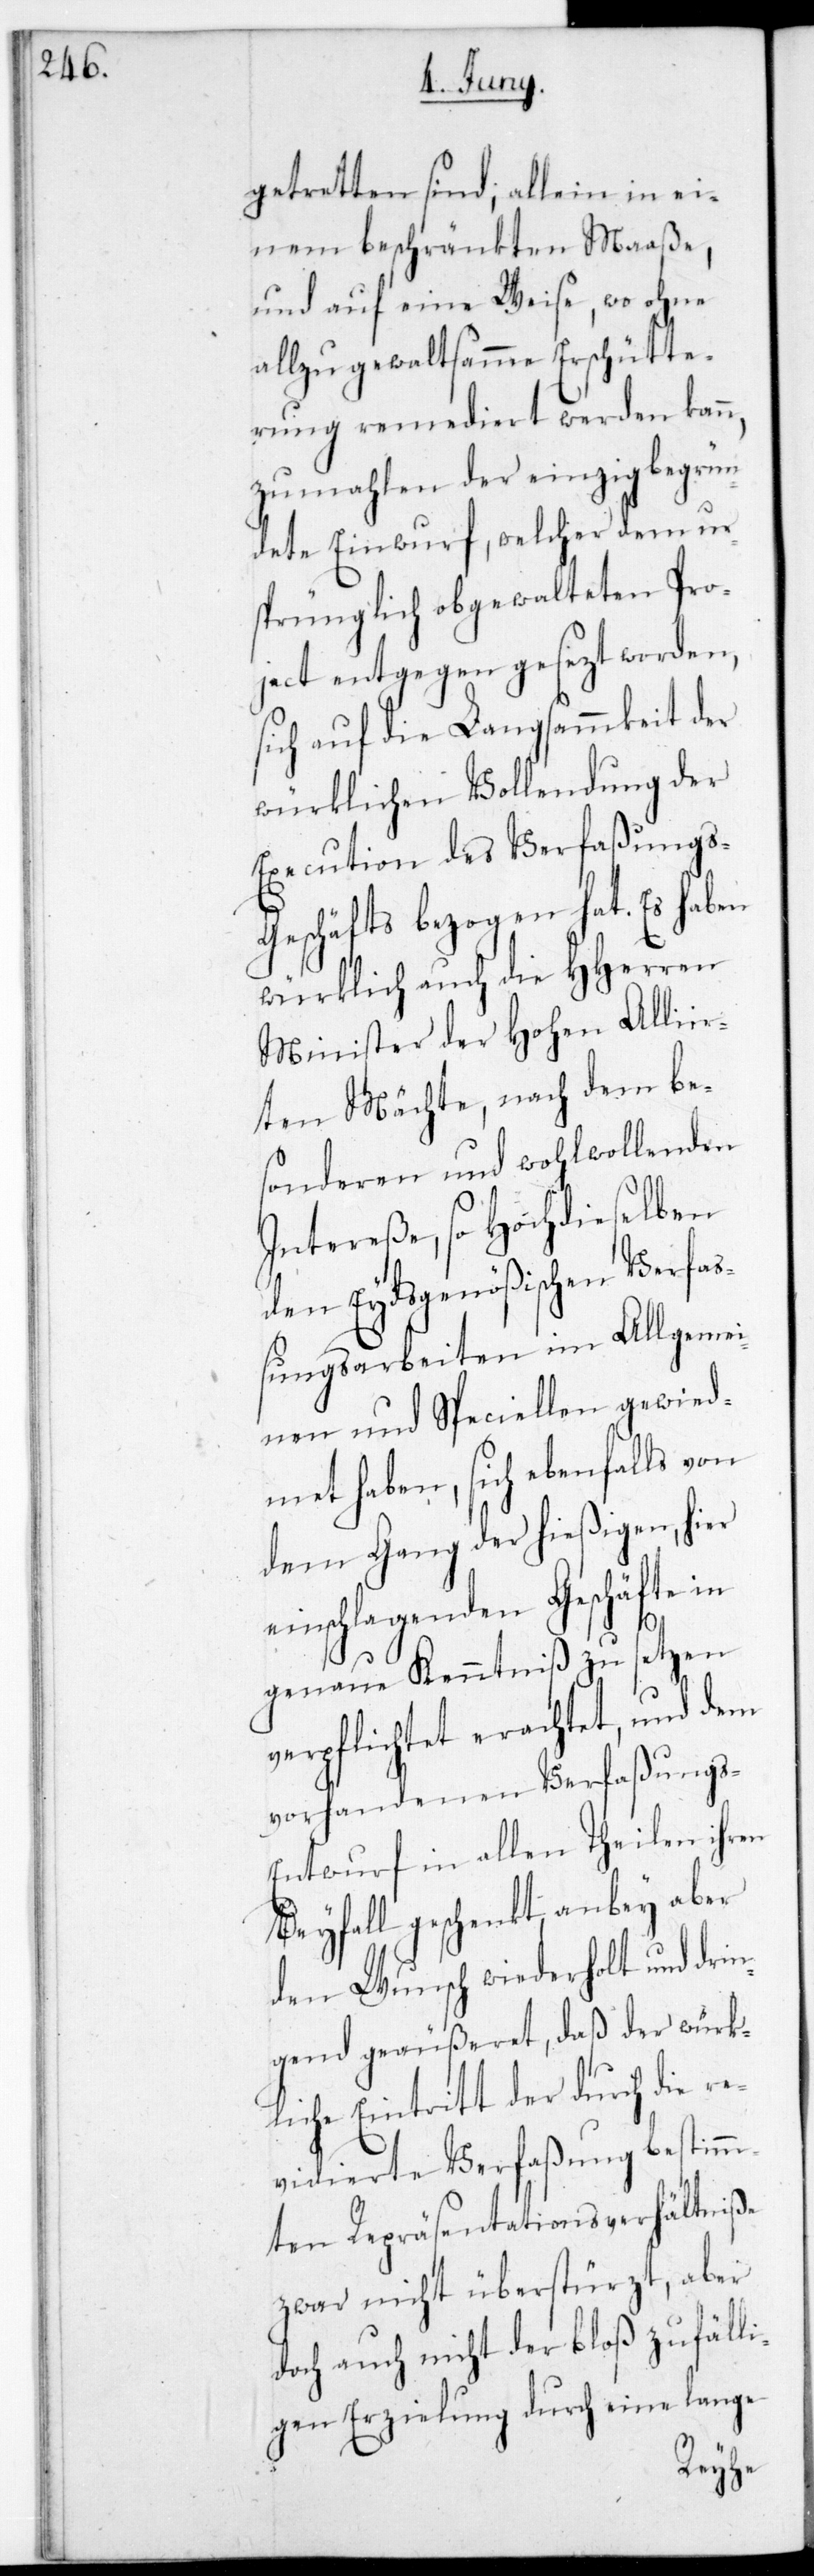
getretten sind; allein in ei¬
nem beschränkten Maaße,
und auf eine Weise, wo ohne
allzu gewaltsame Erschütte¬
rung remediert werden kann,
zumahlen der einzig begrün¬
dete Einwurf, welcher dem ur¬
sprünglich obgewalteten Pro¬
ject entgegen gesezt worden,
sich auf die Langsammkeit der
würklichen Vollendung der
Execution des Verfaßungs-G¬
eschäfts bezogen hat. Es haben
würklich auch die HHerren
Minister der Hohen Allii¬
rten Mächte, nach dem be¬
sonderen und wohlwollenden
Intereße, so hochdieselben
den Eydsgenößischen Verfa¬
ßungsarbeiten im Allgemei¬
nen und Speziellen gewid¬
met haben, sich ebenfalls von
inschlagenden Geschäfte in
genaue Kenntniß zu setzen
verpflichtet erachtet, und dem
vorhandenen Verfaßungs-E¬
ntwurf in allen Theilen ihren
Beyfall geschenkt, anbey aber
den Wunsch wiederholt und drin¬
gend geäußeret, daß der würk¬
liche Eintritt der durch die re¬
vidierte Verfaßung bestimm¬
ten Repräsentations-Verhältniße
zwar nicht überstürzt, aber
doch auch nicht der bloß zufäll¬
igen Erzielung durch eine lange
hier e¬